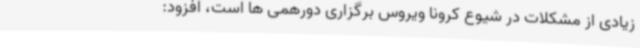
زیادی از مشکلات در شیوع کرونا ویروس برگزاری دورهمی ها است، افزود: